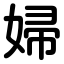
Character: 婦